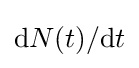
\mathrm {d} N(t)/\mathrm {d} t